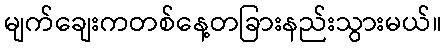
မျက်ချေးကတစ်နေ့တခြားနည်းသွားမယ်။